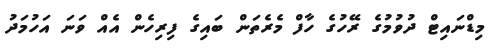
މިޑްނައިޓް ދުވުމުގެ ރޭހުގެ ހާފް މެރެތަން ބައިގެ ފިރިހެން އެއް ވަނަ އަހުމަދު